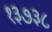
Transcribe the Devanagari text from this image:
१३७३८